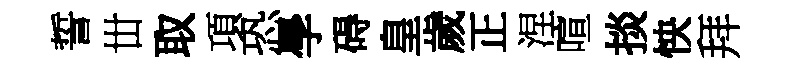
誓丗取項恐學碍皇歲正涅喧掞怏拜